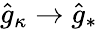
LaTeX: \hat{g}_{\kappa}\to\hat{g}_{*}